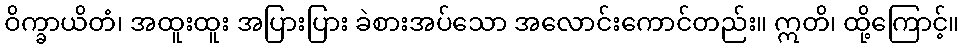
ဝိက္ခာယိတံ၊ အထူးထူး အပြားပြား ခဲစားအပ်သော အလောင်းကောင်တည်း။ ဣတိ၊ ထို့ကြောင့်။